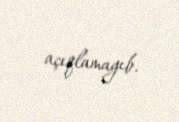
açıqlamayıb.